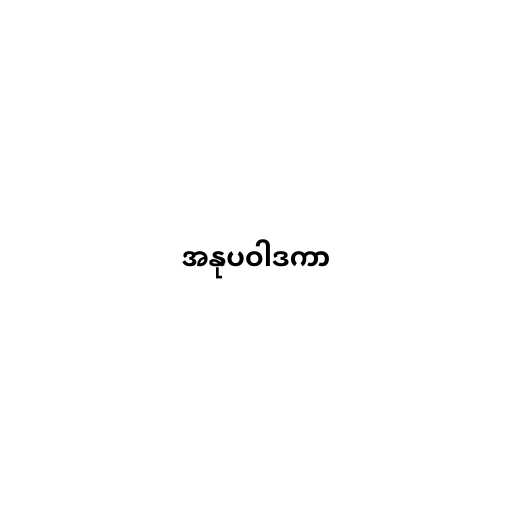
အနုပဝါဒကာ